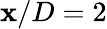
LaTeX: \mathbf{x}/D=2